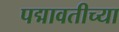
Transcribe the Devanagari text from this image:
पद्मावतीच्या